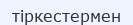
тіркестермен